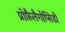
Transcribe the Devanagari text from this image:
प्रोफ़ैलैगोप्सिडी